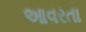
આવરતા